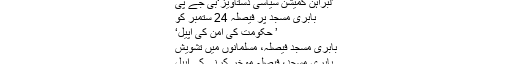
’لبراہن کمیشن سیاسی دستاویز‘بی جے پی
بابری مسجد پر فیصلہ 24 ستمبر کو
’ حکومت کی امن کی اپیل‘
بابری مسجد فیصلہ، مسلمانوں میں تشویش
بابری مسجد، فیصلہ موخر کرنےکی اپیل